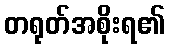
တရုတ်အစိုးရ၏